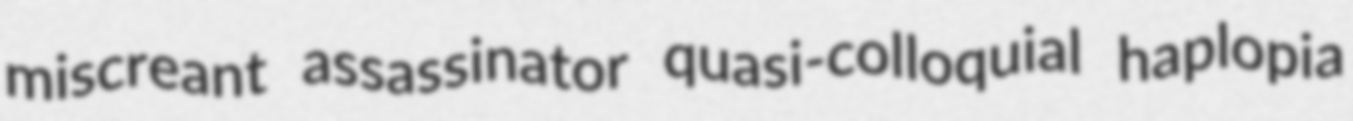
miscreant assassinator quasi-colloquial haplopia